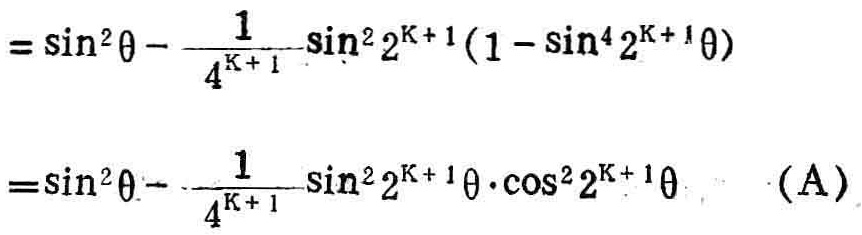
\[
\begin{align*}
&=\sin^{2}\theta-\frac{1}{4^{K + 1}}\sin^{2}2^{K + 1}(1 - \sin^{4}2^{K + 1}\theta)\\
&=\sin^{2}\theta-\frac{1}{4^{K + 1}}\sin^{2}2^{K + 1}\theta\cdot\cos^{2}2^{K + 1}\theta\quad(\text{A})
\end{align*}
\]